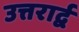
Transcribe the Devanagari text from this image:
उत्तरार्द्व